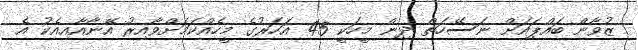
ޒުވާން ބައްޕައަށް ނަސޭހަތް ދިން މީހަކީ 45 އަހަރުގެ މީހެއްކަމަށްވާއިރު އޭނާއާއިއެކު އެ